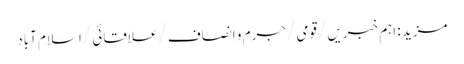
مزید : اہم خبریں /قومی /جرم و انصاف /علاقائی /اسلام آباد